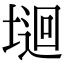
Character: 𡏁